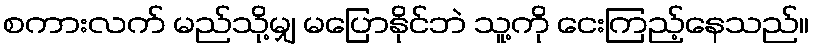
စကားလက် မည်သို့မျှ မပြောနိုင်ဘဲ သူ့ကို ငေးကြည့်နေသည်။